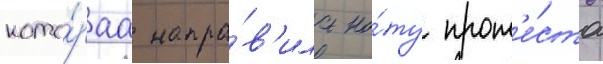
кото́раа напра́в'ила но́ту прот'е́ста